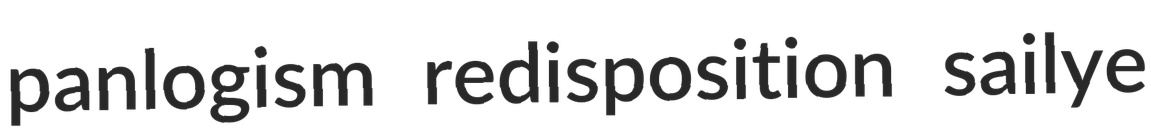
panlogism redisposition sailye